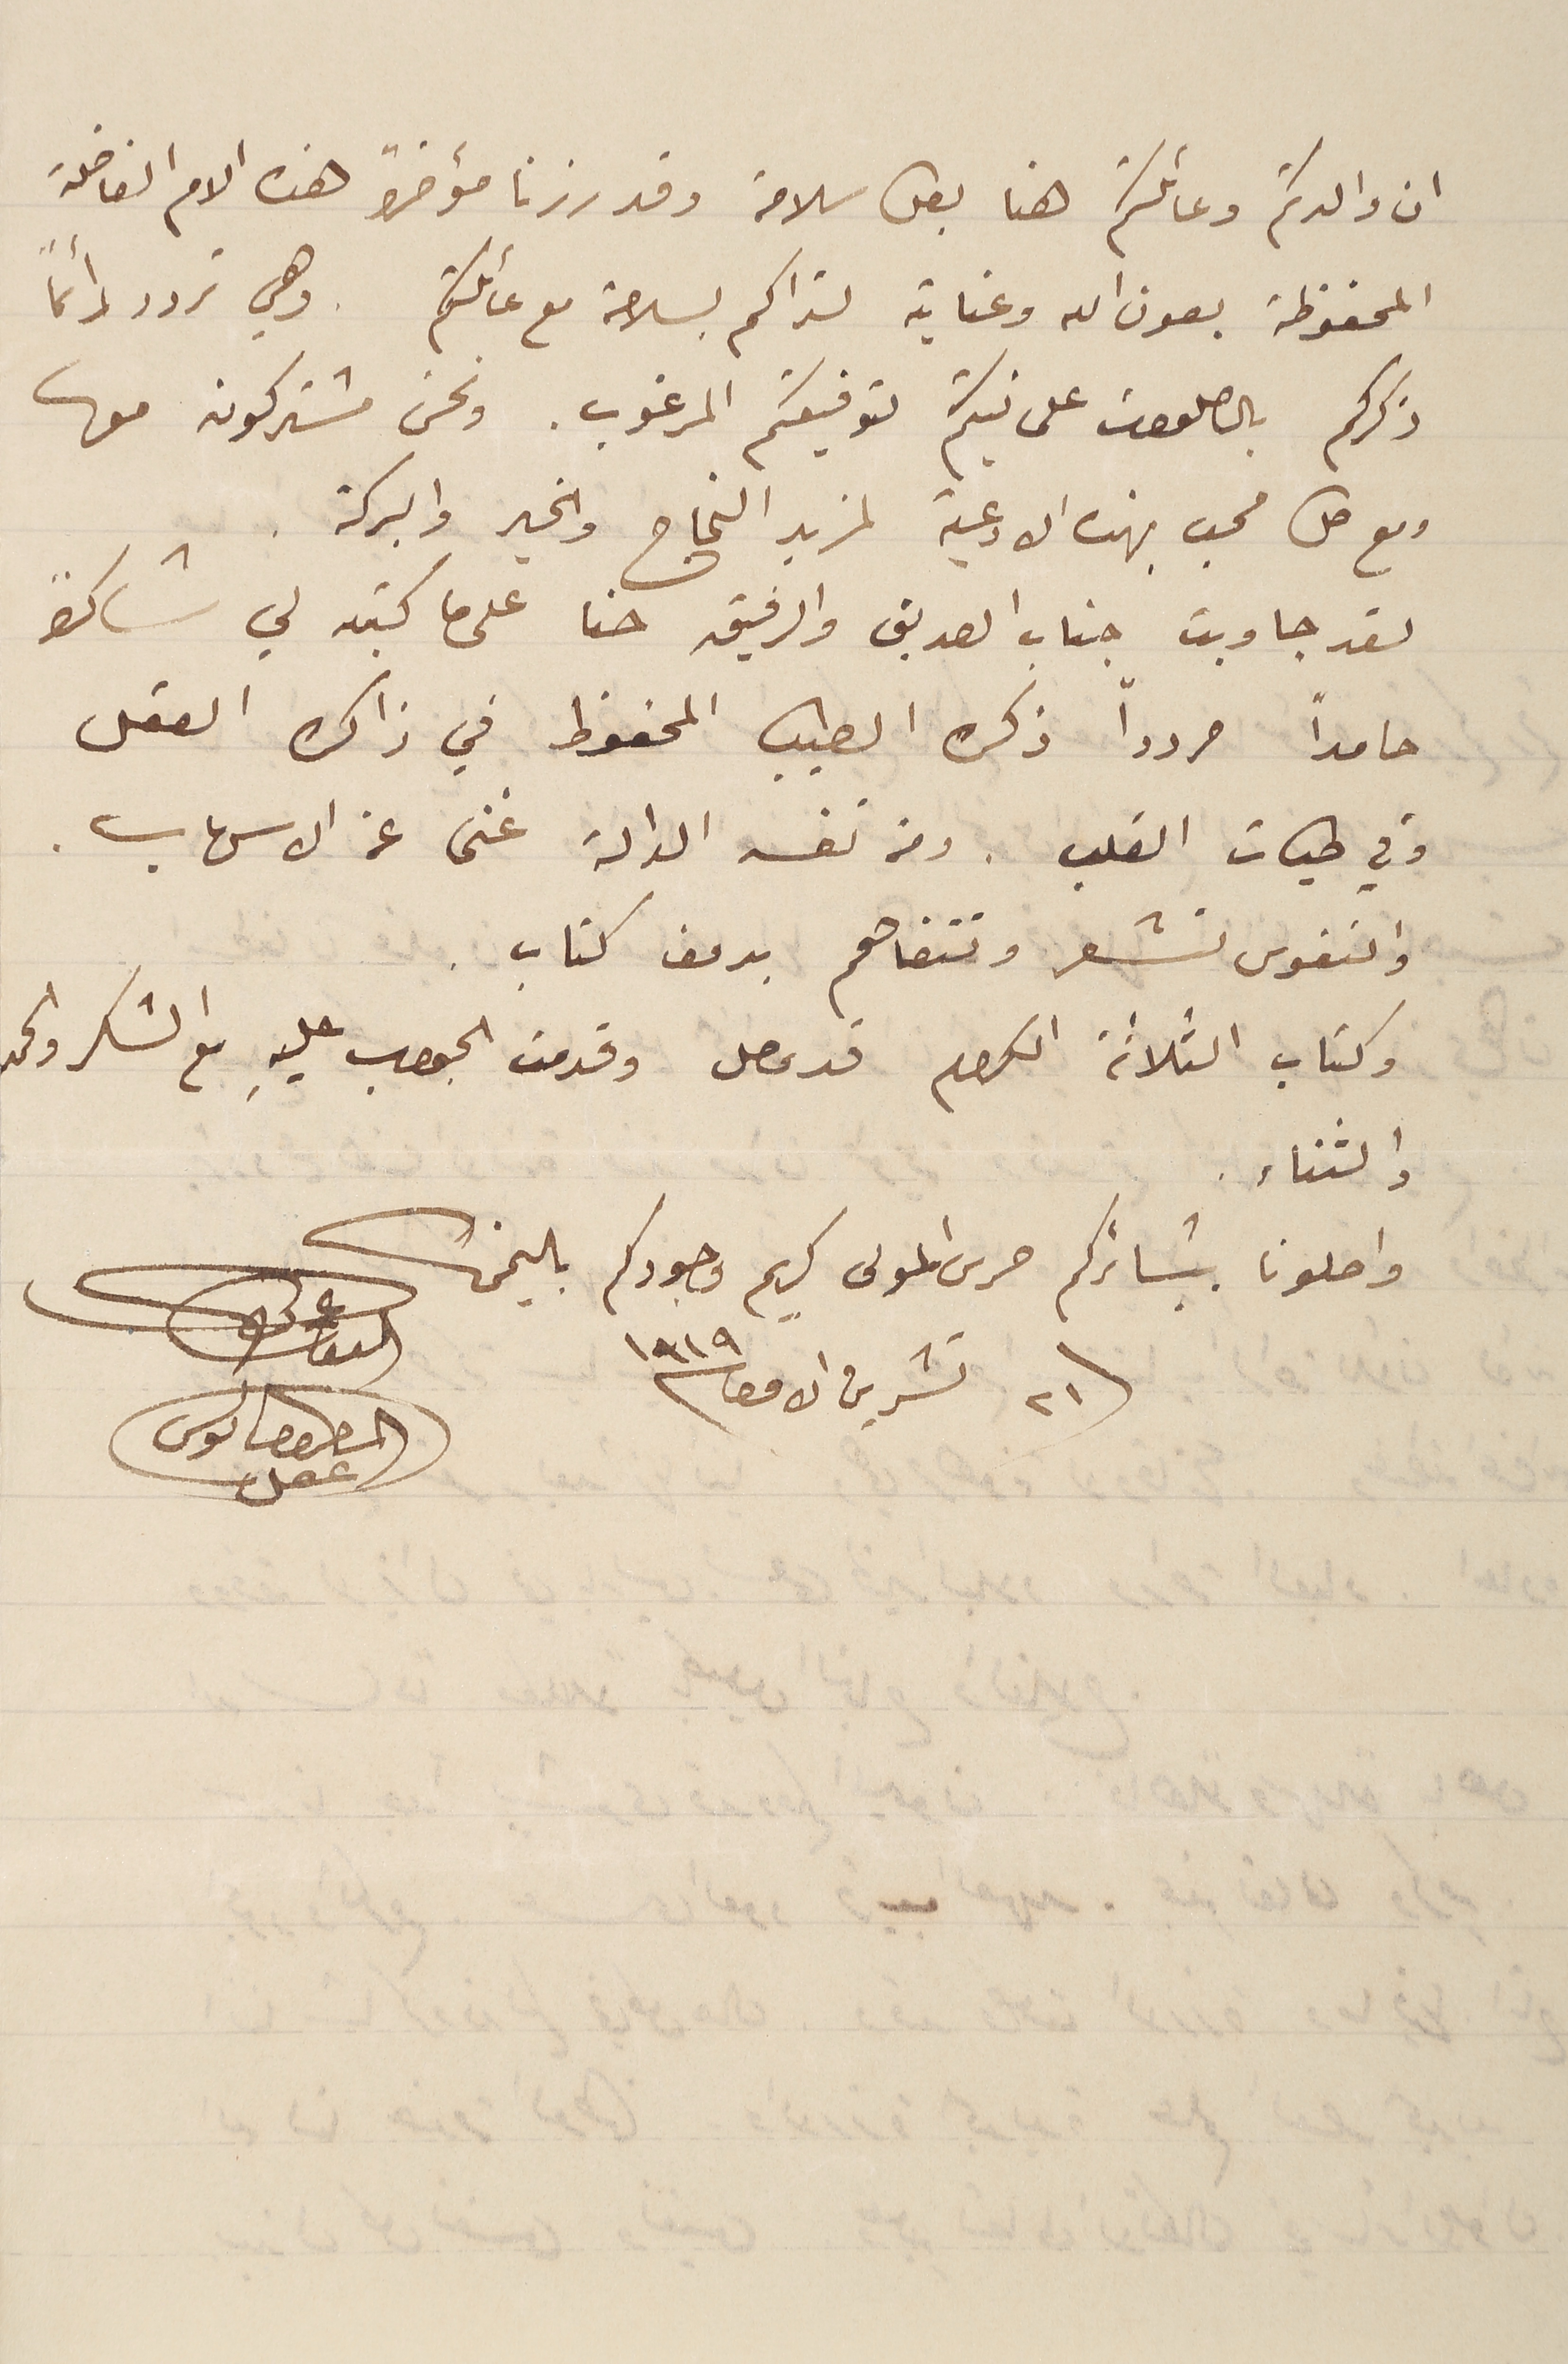
ان والدتكم وعائلتكم هنا بكل سلامة وقد زرنا مؤخراً  هذه الام الفاضلة
المحفوظة بعون الله وعنايته لتراكم بسلامة مع عائلكم وهي تردد دائمًا
ذكركم بالصلوات على نيتكم لتوفيقكم المرغوب. ونحن مشتركون معها
ومع كل محب بهذه الادعية لمزيد النجاح والخير والبركة .
لقد جاوبت جناب الصديق والرفيق حنا على ما كتبه لي شاكراً
حامدًا مرددًا ذكره الطيب المحفوظ في ذاكرة العقل
وفي طيات القلب . ومن نفسه الدالة غنى عن الاسهاب.
والنفوس تشعر وتتفاهم بدون كتاب.
وكتاب الثلاثة الكرام قد وصل وقدمت الجواب عليهِ مع الشكر والحمد
والثناء.
واصلونا ببشائركم حرس المولى كريم وجودكم باليمن
٢١ تشرين الاول ١٩١٩
المطران بولس عقل